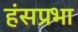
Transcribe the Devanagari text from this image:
हंसप्रभा